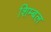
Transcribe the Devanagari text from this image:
शिम्बल